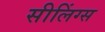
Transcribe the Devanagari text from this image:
सीलिंग्स